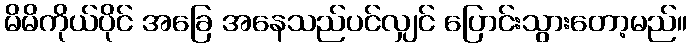
မိမိကိုယ်ပိုင် အခြေ အနေသည်ပင်လျှင် ပြောင်းသွားတော့မည်။